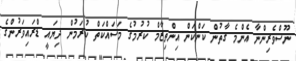
ނޫސްވެރިންނާ އެންމެ ގާތުން ކަންކަން އިންތިޒާމް ކުރުމުގެ މަަސައްކަތް ކުރަމުން ދިޔައީ ޑްރައިވަރުންގެ